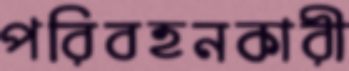
পরিবহনকারী